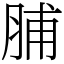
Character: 脯